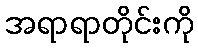
အရာရာတိုင်းကို